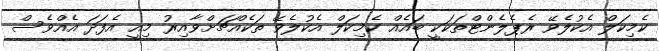
ކެމިކަލް އެކުލެވޭ ރެޕެލެންޓްތަކަކީ ބައެއް ކެމިކަލް އެކުލެވޭ ތަކެއްޗަށްވާއިރު މިއީ އެފަދަ އެއްވެސް